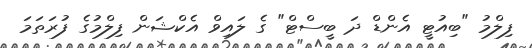
ފިލްމު "ބިއުޓީ އެންޑް ދަ ބީސްޓް" ގެ ލައިވް އެކްޝަން ފިލްމުގެ ފުރަތަމަ